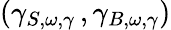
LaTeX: (\gamma_{S,\omega,\gamma}\, ,\gamma_{B,\omega,\gamma})